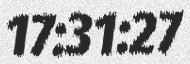
17:31:27